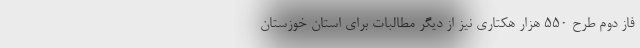
فاز دوم طرح ۵۵۰ هزار هکتاری نیز از دیگر مطالبات برای استان خوزستان